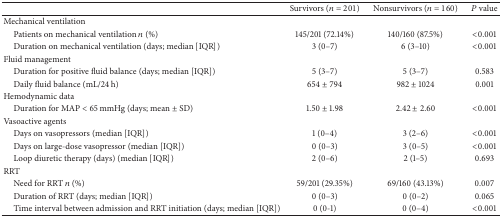
<table><thead><tr><td><b> </b></td><td><b>Survivors (<i>n</i> = 201)</b></td><td><b>Nonsurvivors (<i>n</i> = 160)</b></td><td><b><i>P</i> value</b></td></tr></thead><tbody><tr><td>Mechanical ventilation</td><td> </td><td> </td><td> </td></tr><tr><td> Patients on mechanical ventilation <i>n</i> (%)</td><td>145/201 (72.14%)</td><td>140/160 (87.5%)</td><td>&lt;0.001</td></tr><tr><td> Duration on mechanical ventilation (days; median [IQR])</td><td>3 (0–7)</td><td>6 (3–10)</td><td>&lt;0.001</td></tr><tr><td>Fluid management</td><td> </td><td> </td><td> </td></tr><tr><td> Duration for positive fluid balance (days; median [IQR])</td><td>5 (3–7)</td><td>5 (3–7)</td><td>0.583</td></tr><tr><td> Daily fluid balance (mL/24 h)</td><td>654 ± 794</td><td>982 ± 1024</td><td>0.001</td></tr><tr><td>Hemodynamic data</td><td> </td><td> </td><td> </td></tr><tr><td> Duration for MAP &lt; 65 mmHg (days; mean ± SD)</td><td>1.50 ± 1.98</td><td>2.42 ± 2.60</td><td>&lt;0.001</td></tr><tr><td>Vasoactive agents</td><td> </td><td> </td><td> </td></tr><tr><td> Days on vasopressors (median [IQR])</td><td>1 (0–4)</td><td>3 (2–6)</td><td>&lt;0.001</td></tr><tr><td> Days on large-dose vasopressor (median [IQR]) </td><td>0 (0–3)</td><td>3 (0–5)</td><td>&lt;0.001</td></tr><tr><td> Loop diuretic therapy (days) (median [IQR])</td><td>2 (0–6)</td><td>2 (1–5)</td><td>0.693</td></tr><tr><td>RRT</td><td> </td><td> </td><td> </td></tr><tr><td> Need for RRT <i>n</i> (%)</td><td>59/201 (29.35%)</td><td>69/160 (43.13%)</td><td>0.007</td></tr><tr><td> Duration of RRT (days; median [IQR])</td><td>0 (0–3)</td><td>0 (0–2)</td><td>0.065</td></tr><tr><td> Time interval between admission and RRT initiation (days; median [IQR])</td><td>0 (0-1)</td><td>0 (0–4)</td><td>&lt;0.001</td></tr></tbody></table>